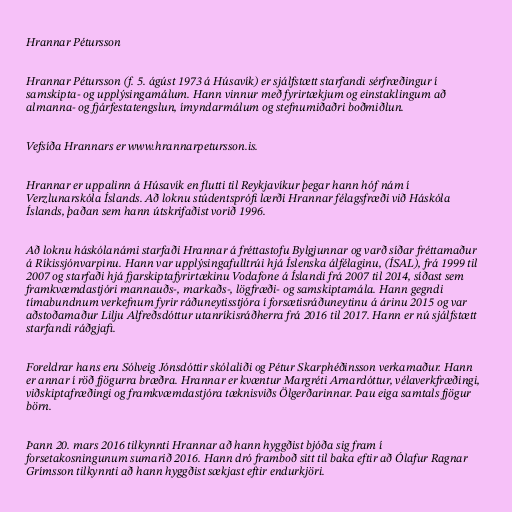
Hrannar Pétursson

Hrannar Pétursson (f. 5. ágúst 1973 á Húsavík) er sjálfstætt starfandi sérfræðingur í
samskipta- og upplýsingamálum. Hann vinnur með fyrirtækjum og einstaklingum að
almanna- og fjárfestatengslun, ímyndarmálum og stefnumiðaðri boðmiðlun.

Vefsíða Hrannars er www.hrannarpetursson.is.

Hrannar er uppalinn á Húsavík en flutti til Reykjavíkur þegar hann hóf nám í
Verzlunarskóla Íslands. Að loknu stúdentsprófi lærði Hrannar félagsfræði við Háskóla
Íslands, þaðan sem hann útskrifaðist vorið 1996.

Að loknu háskólanámi starfaði Hrannar á fréttastofu Bylgjunnar og varð síðar fréttamaður
á Ríkissjónvarpinu. Hann var upplýsingafulltrúi hjá Íslenska álfélaginu, (ÍSAL), frá 1999 til
2007 og starfaði hjá fjarskiptafyrirtækinu Vodafone á Íslandi frá 2007 til 2014, síðast sem
framkvæmdastjóri mannauðs-, markaðs-, lögfræði- og samskiptamála. Hann gegndi
tímabundnum verkefnum fyrir ráðuneytisstjóra í forsætisráðuneytinu á árinu 2015 og var
aðstoðamaður Lilju Alfreðsdóttur utanríkisráðherra frá 2016 til 2017. Hann er nú sjálfstætt
starfandi ráðgjafi.

Foreldrar hans eru Sólveig Jónsdóttir skólaliði og Pétur Skarphéðinsson verkamaður. Hann
er annar í röð fjögurra bræðra. Hrannar er kvæntur Margréti Arnardóttur, vélaverkfræðingi,
viðskiptafræðingi og framkvæmdastjóra tæknisviðs Ölgerðarinnar. Þau eiga samtals fjögur
börn.

Þann 20. mars 2016 tilkynnti Hrannar að hann hyggðist bjóða sig fram í
forsetakosningunum sumarið 2016. Hann dró framboð sitt til baka eftir að Ólafur Ragnar
Grímsson tilkynnti að hann hyggðist sækjast eftir endurkjöri.